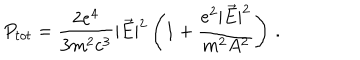
LaTeX: P _ { t o t } = \frac { 2 e ^ { 4 } } { 3 m ^ { 2 } c ^ { 3 } } | \vec { E } | ^ { 2 } \left( 1 + \frac { e ^ { 2 } | \vec { E } | ^ { 2 } } { m ^ { 2 } A ^ { 2 } } \right) \, { . }